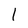
Character: 1